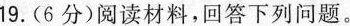
19.(6分)阅读材料，回答下列问题。